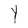
Character: Y